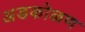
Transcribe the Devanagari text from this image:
अडकोळण